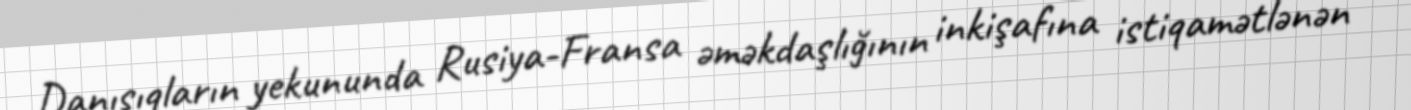
Danışıqların yekununda Rusiya-Fransa əməkdaşlığının inkişafına istiqamətlənən